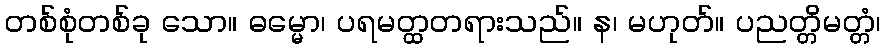
တစ်စုံတစ်ခု သော။ ဓမ္မော၊ ပရမတ္ထတရားသည်။ န၊ မဟုတ်။ ပညတ္တိမတ္တံ၊